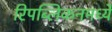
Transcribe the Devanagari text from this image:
रिपब्लिकनमध्ये